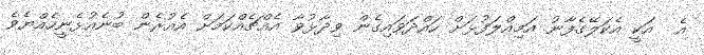
އެ  އަކީ އެކަލޭގެފާނު އަމިއްލަފުޅަށް ހައްދަވައިގެން ވިދާޅުވާ އެއްޗެއްކަމަށް އެއުރެން ބުނެއުޅެނީހެއްޔެވެ